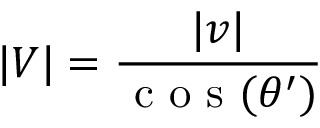
| V | = \frac { | v | } { \textrm { c o s } ( \theta ^ { \prime } ) }